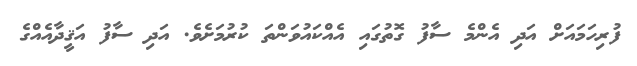
ފުރިހަމައަށް އަދި އެންމެ ސާފު ގޮތުގައި އެއްކައުވަންތަ ކުރުމަށެވެ. އަދި ސާފު އަޤީދާއެއްގެ